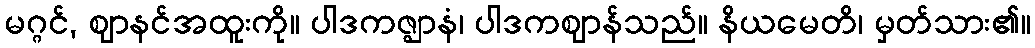
မဂ္ဂင်, ဈာနင်အထူးကို။ ပါဒကဇ္ဈာနံ၊ ပါဒကဈာန်သည်။ နိယမေတိ၊ မှတ်သား၏။